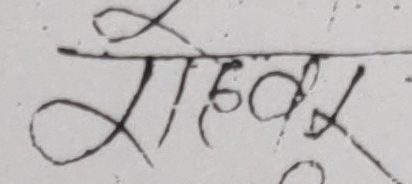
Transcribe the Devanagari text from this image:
सोमबार